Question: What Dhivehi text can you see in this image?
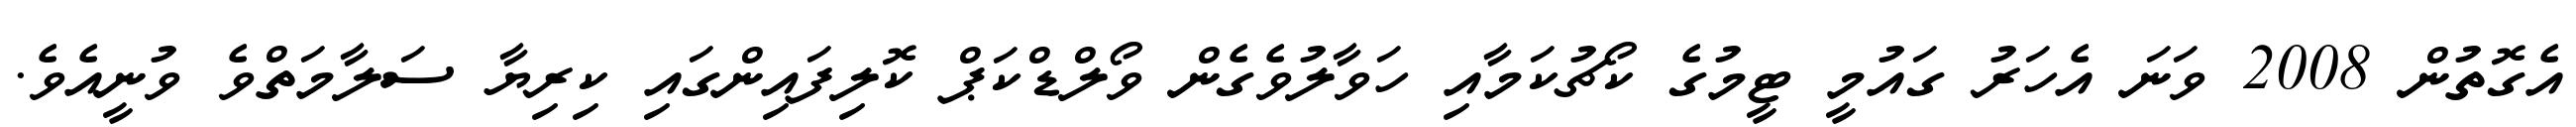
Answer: އެގޮތުން 2008 ވަނަ އެހަރު ގައުމީ ޓީމުގެ ކޯޗުކަމާއި ހަވާލުވެގެން ވޯލްޑްކަޕް ކޮލިފައިންގައި ކިރިޔާ ސަލާމަތްވެ ވުނީއެވެ.